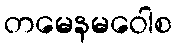
တမေနမဝေါစ